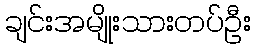
ချင်းအမျိုးသားတပ်ဦး